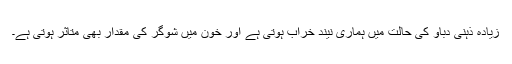
زیادہ ذہنی دباؤ کی حالت میں ہماری نیند خراب ہوتی ہے اور خون میں شوگر کی مقدار بھی متاثر ہوتی ہے۔